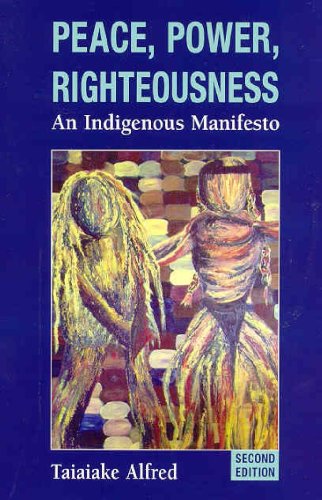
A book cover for Peace, Power, Righteousness: An Indigenous Manifesto; Taiaiake Alfred; History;